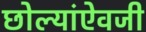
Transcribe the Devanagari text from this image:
छोल्यांऐवजी